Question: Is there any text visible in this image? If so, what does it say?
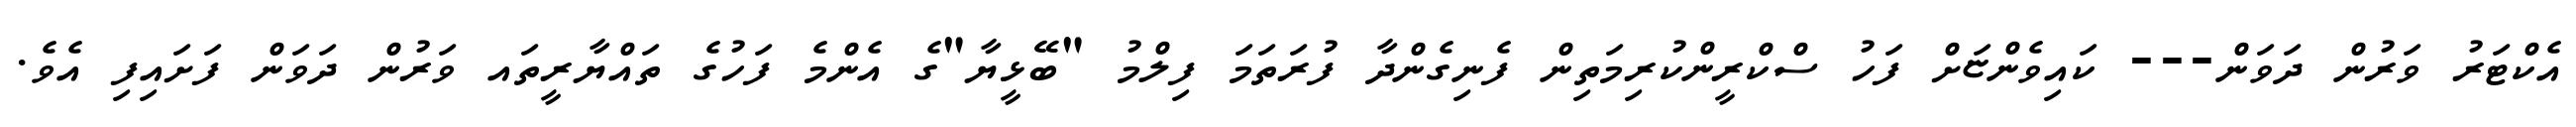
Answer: އެކްޓަރު ވަރުން ދަވަން--- ކައިވެންޏަށް ފަހު ސްކްރީންކުރިމަތިން ފެނިގެންދާ ފުރަތަމަ ފިލްމު "ބޭޅީޔާ"ގެ އެންމެ ފަހުގެ ތައްޔާރީތައ ވަރުން ދަވަން ފަށައިފި އެވެ.